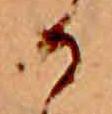
か